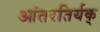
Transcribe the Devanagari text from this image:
आंतरतिर्यक्‌